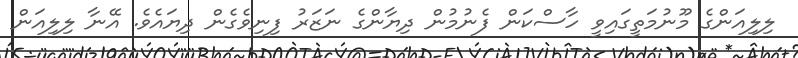
ލިލިއަންގެ މޫނުމަތީގައިވީ ހާސްކަން ފެނުމުން ދިޔާންގެ ނަޒަރު ފިނިވެގެން ދިޔައެވެ. އޭނާ ލިލިއަން